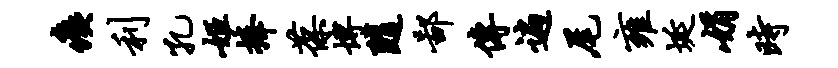
痍利孔姬捧葆博随鄙传遍尾雍埏娟时